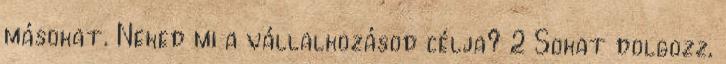
másokat. Neked mi a vállalkozásod célja? 2 Sokat dolgozz,